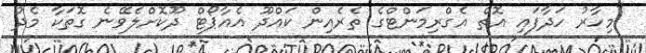
"މިހާރު ހަދާފައި އޮތް އެގްރިމަންޓްގެ ތެރެއިން ކައްދޫ އެއާޕޯޓް ދޫކޮށްލެވޭނެ ގޮތަކާ މެދު